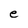
Character: e